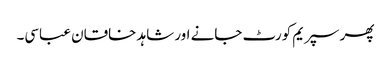
پھر سپریم کورٹ جانے اور شاہد خاقان عباسی۔